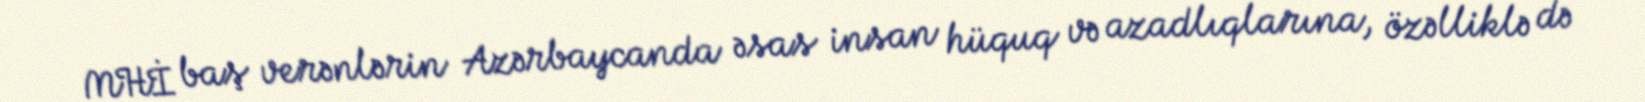
MHİ baş verənlərin Azərbaycanda əsas insan hüquq və azadlıqlarına, özəlliklə də